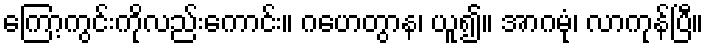
ကြော့ကွင်းကိုလည်းကောင်း။ ဂဟေတွာန၊ ယူ၍။ အာဂမုံ၊ လာကုန်ပြီ။